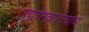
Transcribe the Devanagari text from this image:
उद्योतकराचार्य